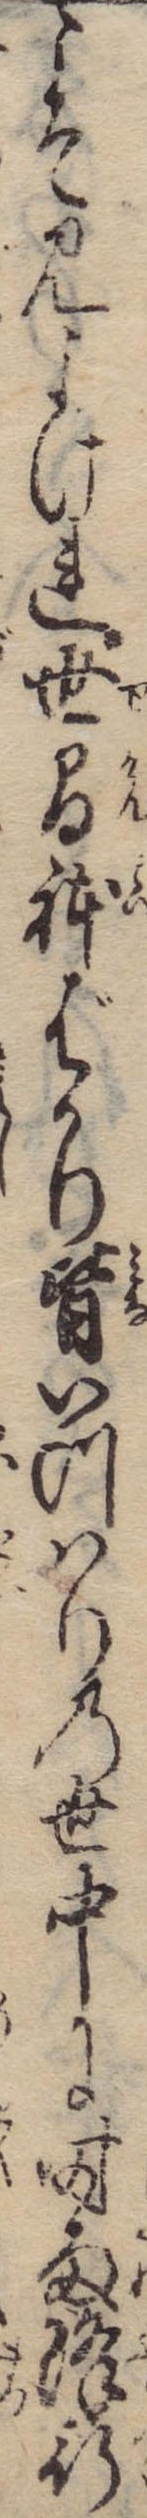
こそ見よけれ世間体ばかり皆いつはりの世中に時雨降行